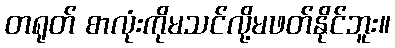
တရုတ် စာလုံးကိုမသင်လို့မဖတ်နိုင်ဘူး။